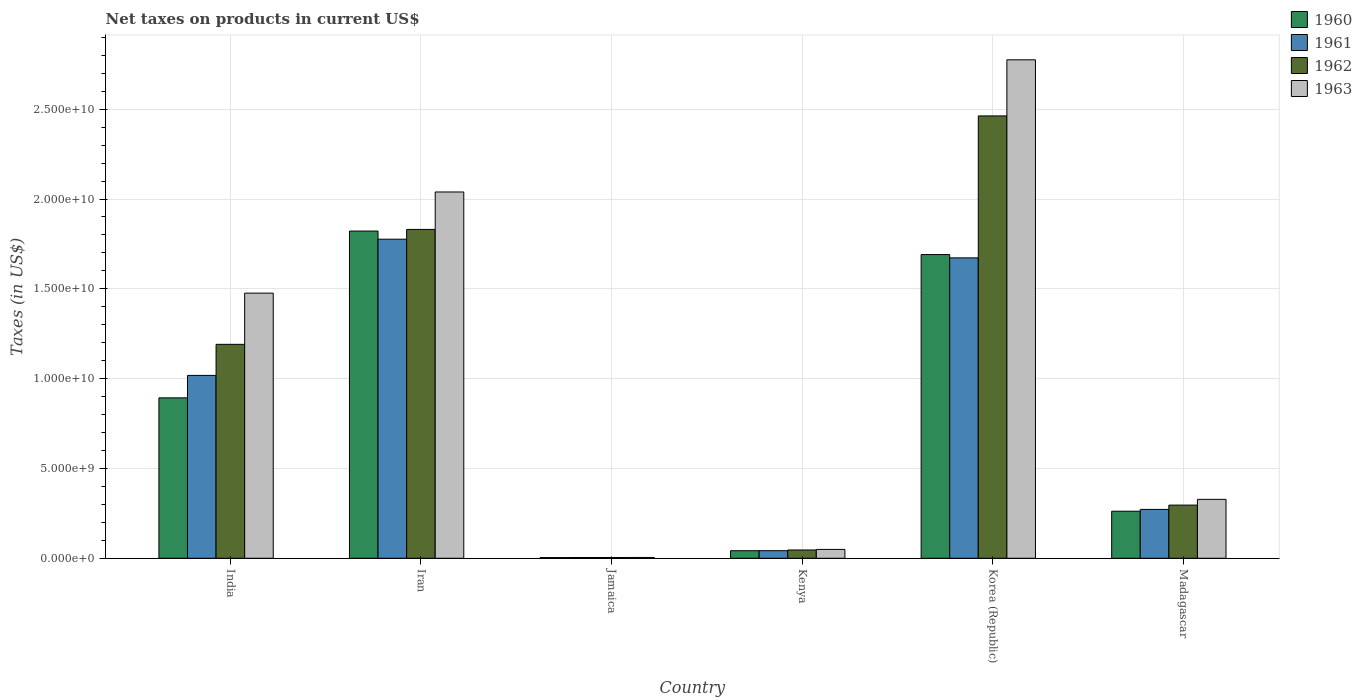
| Country | 1960 | 1961 | 1962 | 1963 |
 | --- | --- | --- | --- | --- |
 | India | 8.93e+09 | 1.02e+10 | 1.19e+10 | 1.48e+10 |
 | Iran | 1.82e+10 | 1.78e+10 | 1.83e+10 | 2.04e+10 |
 | Jamaica | 3.93e+07 | 4.26e+07 | 4.35e+07 | 4.54e+07 |
 | Kenya | 4.21e+08 | 4.22e+08 | 4.62e+08 | 4.93e+08 |
 | Korea (Republic) | 1.69e+10 | 1.67e+10 | 2.46e+10 | 2.77e+10 |
 | Madagascar | 2.62e+09 | 2.72e+09 | 2.96e+09 | 3.28e+09 |